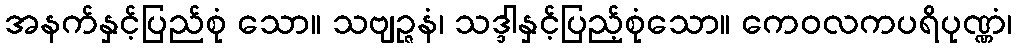
အနက်နှင့်ပြည်စုံ သော။ သဗျဉ္ဇနံ၊ သဒ္ဒါနှင့်ပြည့်စုံသော။ ကေဝလကပရိပုဏ္ဏံ၊